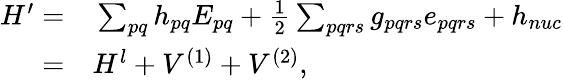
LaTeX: \begin{array}{rl}{H^{\prime}=}&{{}\sum_{pq}h_{pq}E_{pq}+\frac{1}{2}\sum_{pqrs}g_{pqrs}e_{pqrs}+h_{nuc}}\\ {=}&{{}H^{l}+V^{(1)}+V^{(2)},}\end{array}